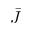
\bar { J }